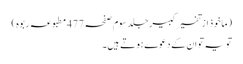
(ماخوذ از تفسیر کبیر جلد سوم صفحہ 477 مطبوعہ ربوہ)
تو یہ تو ان کے دعوے ہوتے ہیں۔